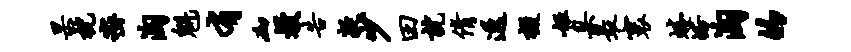
杲枕密淘魁有砌熳告凝少田就倩透掇姬臬最寰蜷峪淘的